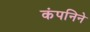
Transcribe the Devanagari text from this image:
कंपनिने